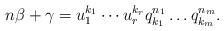
LaTeX: \begin{align*} n \beta+\gamma =u_1^{k_1} \cdots u_r^{k_r} q_{k_1}^{n_1} \ldots q_{k_m}^{n_m}.\end{align*}